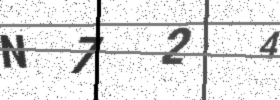
Text: N724